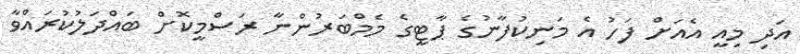
އަދި މިއީ އެއަށް ފަހު އެ މަނިކުފާނުގެ ޕާޓީގެ މެމްބަރުންނާ ރަސްމީކޮށް ބައްދަލުކުރައްވާ